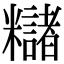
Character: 䊰